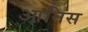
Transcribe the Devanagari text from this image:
आनिस